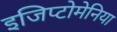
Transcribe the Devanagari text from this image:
इजिप्टोमेनिया